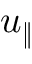
u _ { \| }